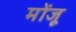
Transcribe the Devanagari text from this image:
मोंजू